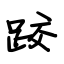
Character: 跤